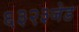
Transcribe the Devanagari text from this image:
६३२३जेड